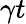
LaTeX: \gamma t